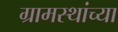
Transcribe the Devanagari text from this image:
ग्रामस्‍थांच्‍या